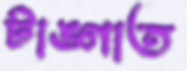
টাঙ্গাত